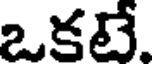
ఒకటే.